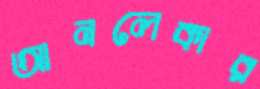
আনলেকার